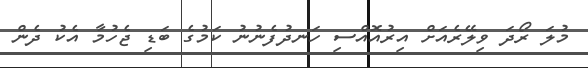
މުލަ ރޯދަ ވިލޭރެއަށް އިރުއޮއްސި ހަނދުފެނުނު ކަމުގެ ބަޑި ޖެހުމާ އެކު ދެން